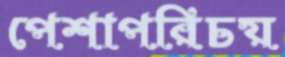
পেশাপরিচয়